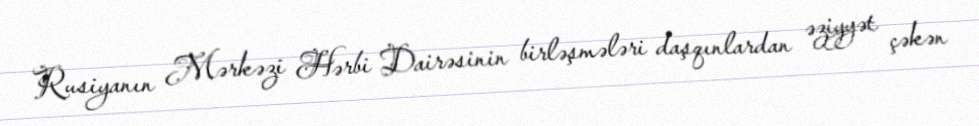
Rusiyanın Mərkəzi Hərbi Dairəsinin birləşmələri daşqınlardan əziyyət çəkən